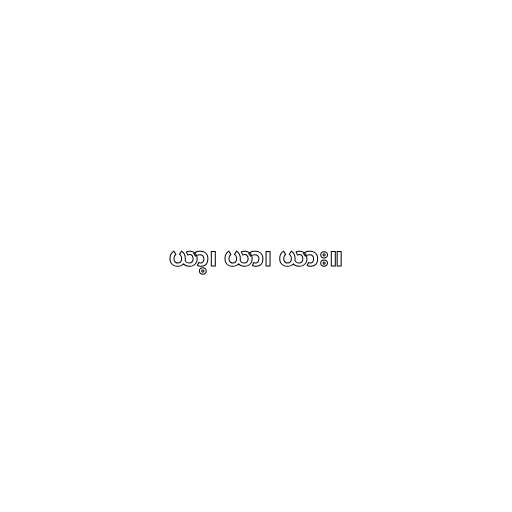
ယာ့၊ ယာ၊ ယား။